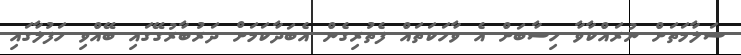
ސަލާމަތަށް ނުރައްކާވާ ހިސާބަށް އެ ވާހަކަތައް ފެތުރިގެން އެބަދާކަމަށް ދަރުބާރުގޭގައި ބޭއްވި ހަފުލާގައި